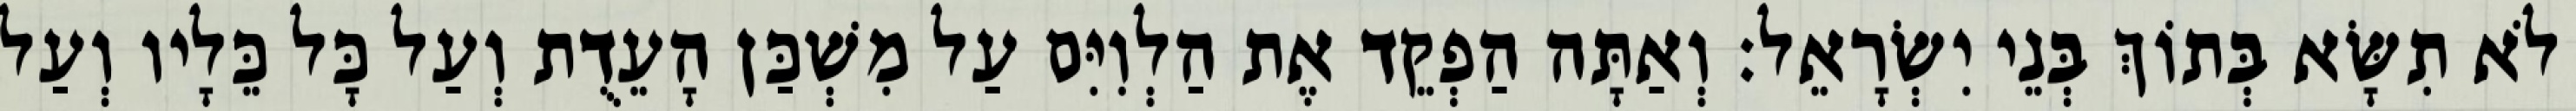
לֹא תִשָּׂא בְּתוֹךְ בְּנֵי יִשְׂרָאֵל׃ וְאַתָּה הַפְקֵד אֶת הַלְוִיִּם עַל מִשְׁכַּן הָעֵדֻת וְעַל כָּל כֵּלָיו וְעַל